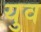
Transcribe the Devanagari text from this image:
युव